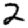
Digit: 2